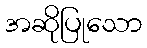
အဆိုပြုသော